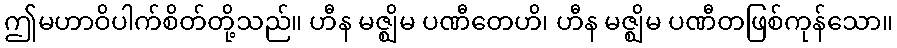
ဤမဟာဝိပါက်စိတ်တို့သည်။ ဟီန မဇ္ဈိမ ပဏီတေဟိ၊ ဟီန မဇ္ဈိမ ပဏီတဖြစ်ကုန်သော။